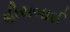
હીરાબાઈ